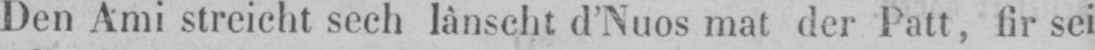
Den Ami streicht sech lânscht d’Nuos mat der Patt, fir sei